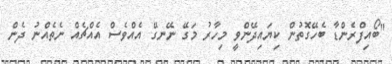
"ބޯއިފްރެންޑާ ބެހޭގޮތުން ކިޔައިދޭންވީ މިހާރު މަގޭ ނޭނގޭ އެއްވެސް އެއްޗެއް ނެތެއްނު ދެން